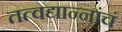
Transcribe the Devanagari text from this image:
तत्वद्यान्नांचं